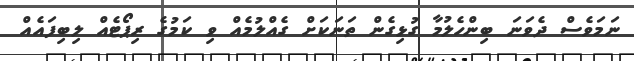
ނަމަވެސް ދެވަނަ ބިންހެލުމާ ގުޅިގެން ތަނަކަށް ގެއްލުމެއް ވި ކަމުގެ ރިޕޯޓެއް ލިބިފައެއް